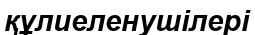
құлиеленушілері